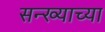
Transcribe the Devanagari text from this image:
सन्ख्याच्या